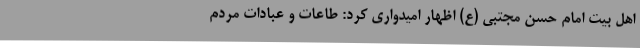
اهل بیت امام حسن مجتبی (ع) اظهار امیدواری کرد: طاعات و عبادات مردم